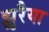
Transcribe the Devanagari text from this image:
झुरैया